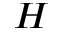
H